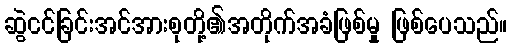
ဆွဲငင်ခြင်းအင်အားစုတို့၏အတိုက်အခံဖြစ်မှု ဖြစ်ပေသည်။